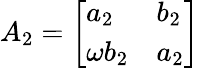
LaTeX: A_{2}={\left[\begin{array}{ll}{a_{2}}&{b_{2}}\\ {\omega b_{2}}&{a_{2}}\end{array}\right]}